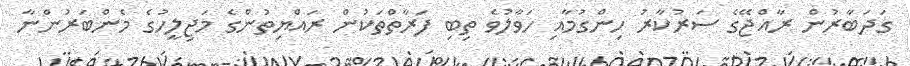
ގަދަބާރުން ރާއްޖޭގެ ސަރުކާރު ހިންގުމާއި ހަވާލުވެ ތިބި ފަރާތްތަކުން ރައްޔިތުންގެ މަޖިލީހުގެ މެންބަރުންނާ